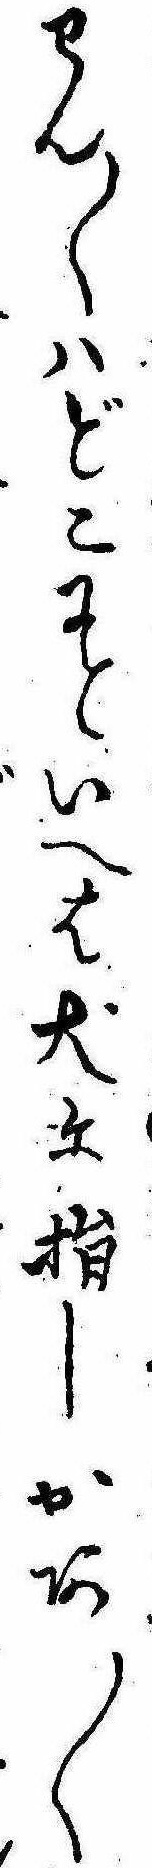
わん〱はどこにといへは犬に指しかあ〱